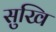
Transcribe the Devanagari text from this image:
सुखि